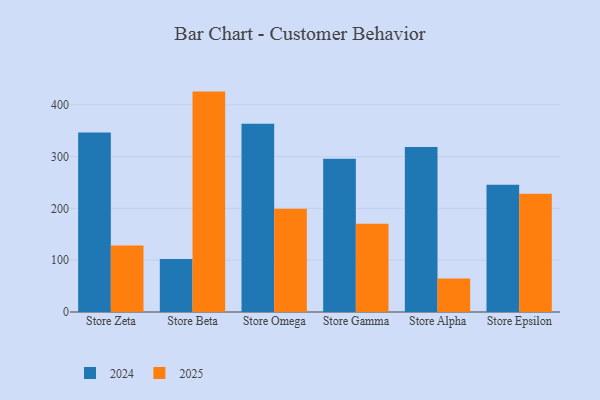
{"axis": {"x": "Store", "y": "Production Output"}, "legend": ["2024", "2025"], "data": [{"x": "Store Zeta", "y": 128.3, "type": "2025"}, {"x": "Store Zeta", "y": 346.3, "type": "2024"}, {"x": "Store Beta", "y": 425.5, "type": "2025"}, {"x": "Store Beta", "y": 102.4, "type": "2024"}, {"x": "Store Omega", "y": 199.1, "type": "2025"}, {"x": "Store Omega", "y": 363.2, "type": "2024"}, {"x": "Store Gamma", "y": 170.5, "type": "2025"}, {"x": "Store Gamma", "y": 295.9, "type": "2024"}, {"x": "Store Alpha", "y": 64.7, "type": "2025"}, {"x": "Store Alpha", "y": 318.5, "type": "2024"}, {"x": "Store Epsilon", "y": 228.1, "type": "2025"}, {"x": "Store Epsilon", "y": 245.5, "type": "2024"}]}